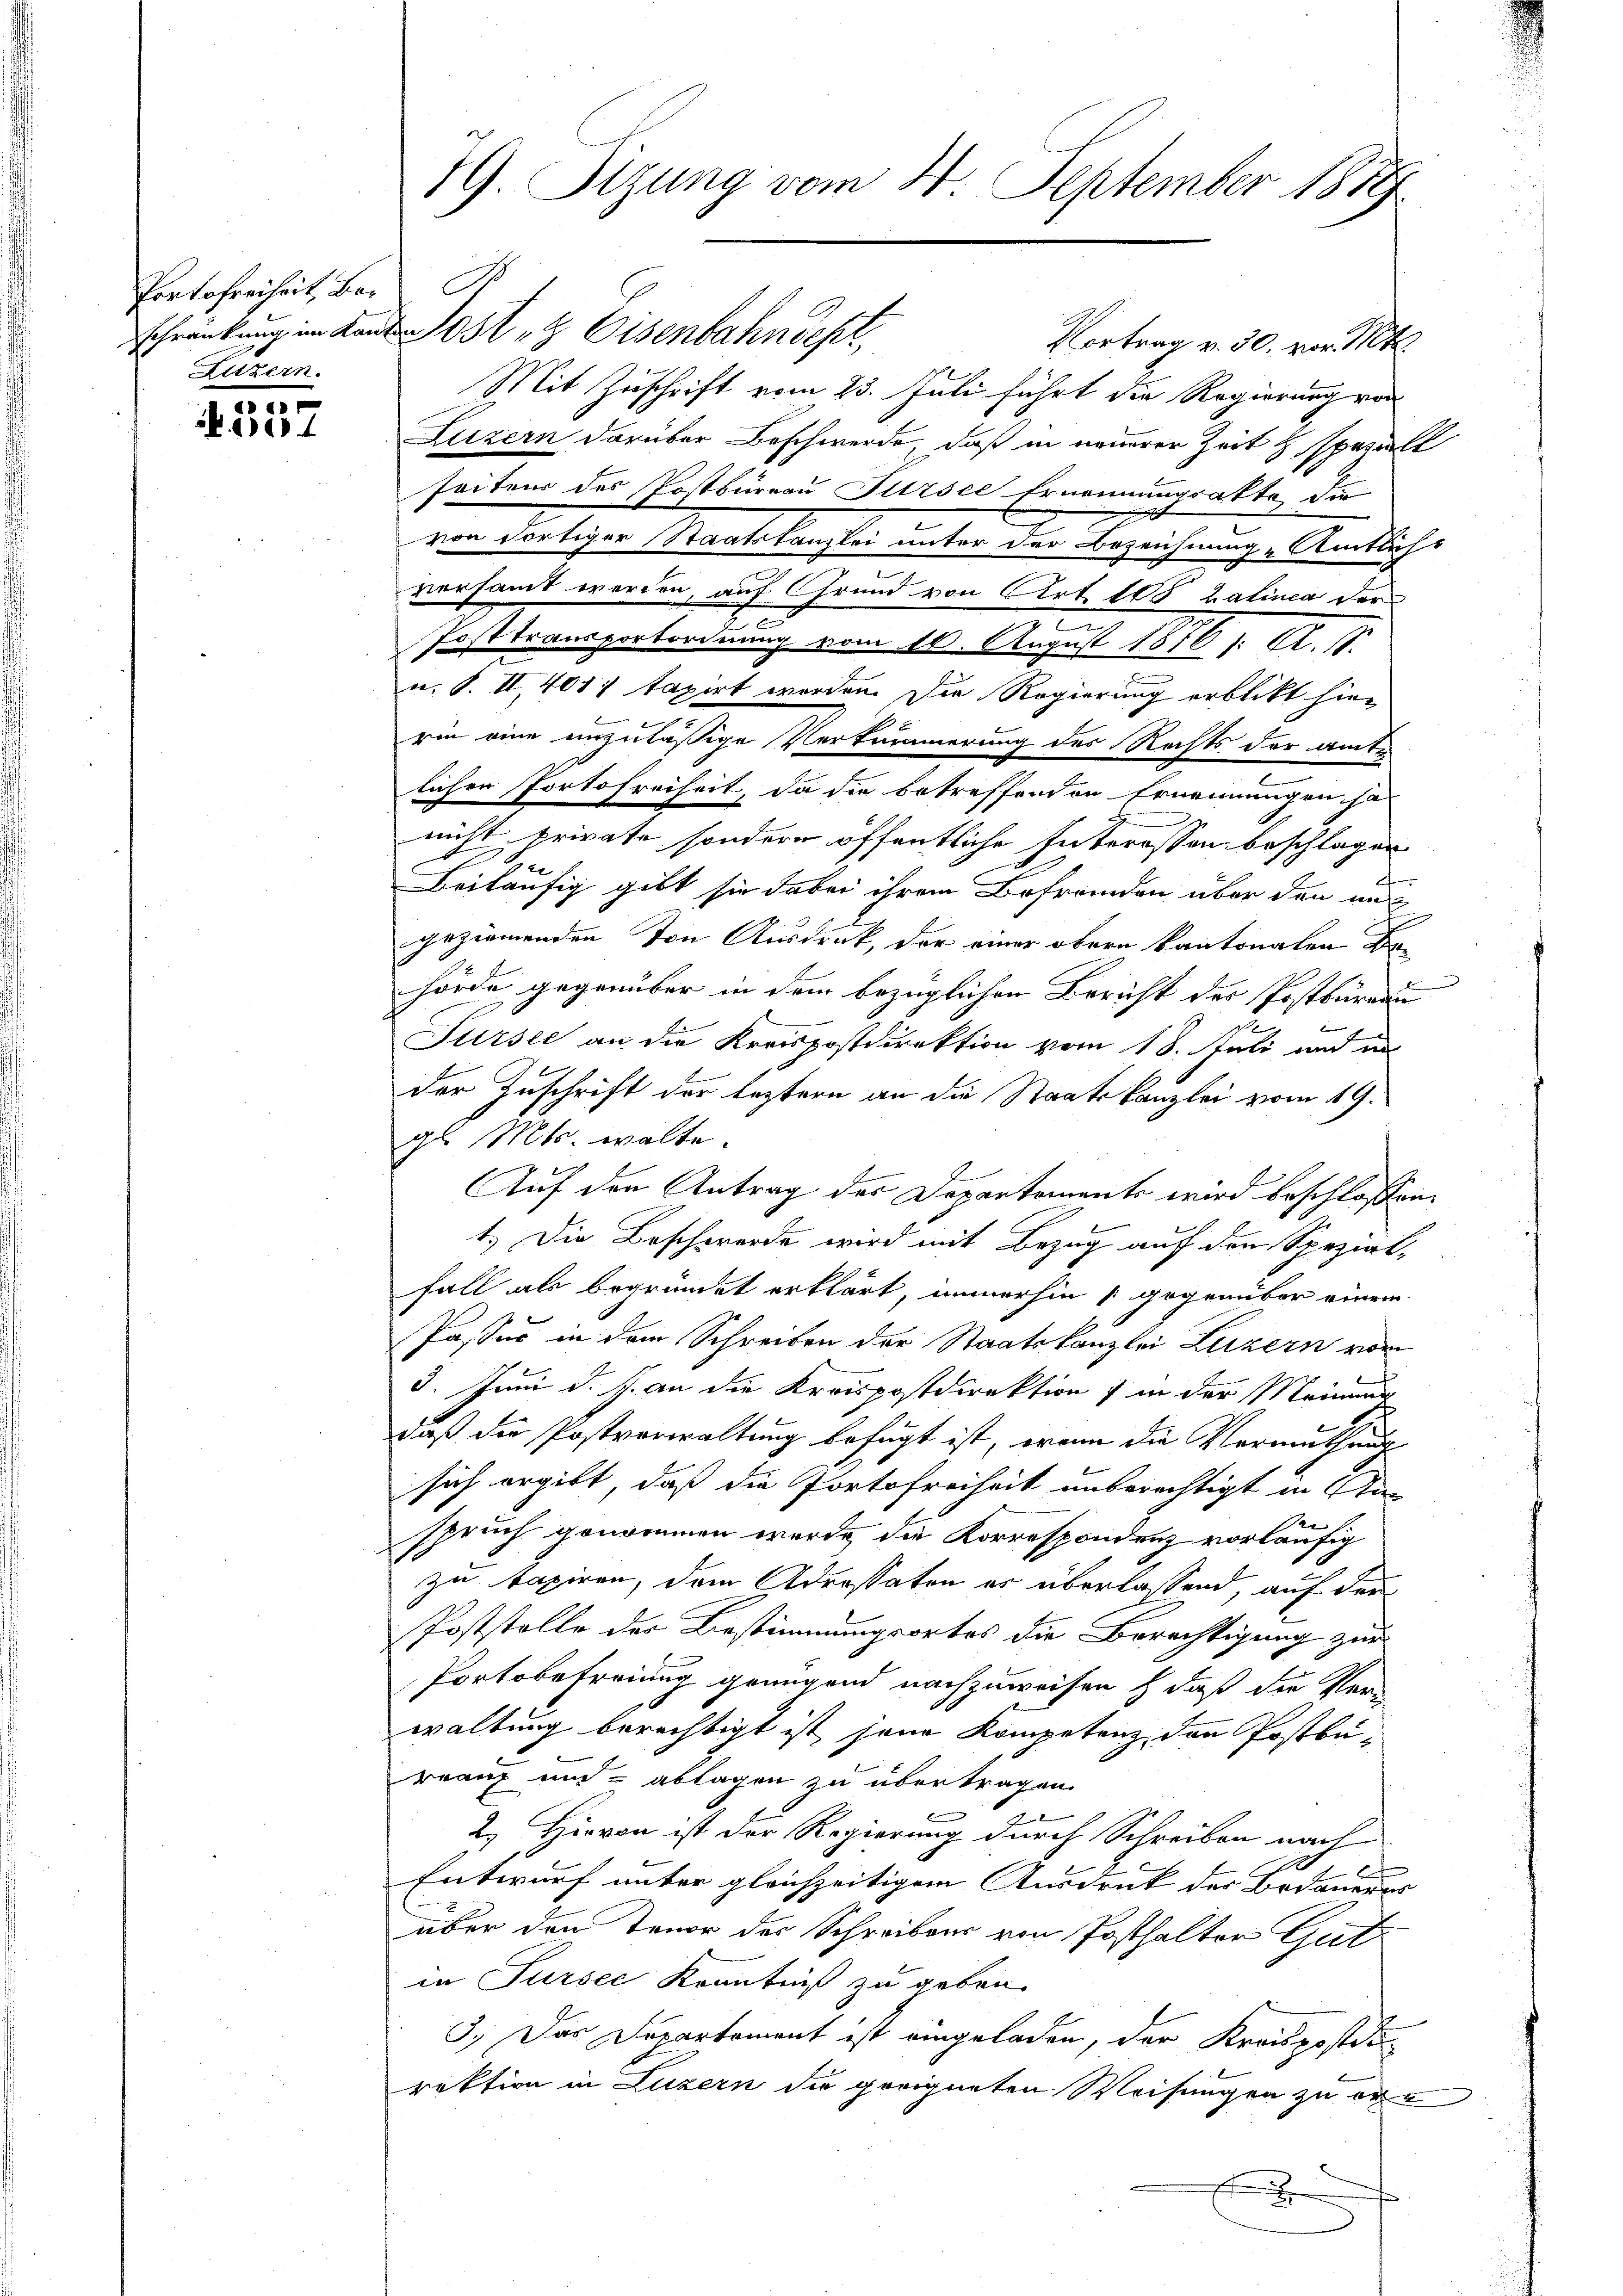
Portofreiheit, Ber
Luzern.

.
357

79. Sizung vom 24. September 1889

schränkung im Lande 195. Eisenbahndepl,
Vortrag v. 30. vor. Mts.
Mit Zuschrift vom 23. Juli führt die Regierung von
Luzern darüber Beschwerde, daß in neuerer Zeit speziell
seitens des Postbureau Sursee Ernennungsakte de
von dortiger Staatskanzlei unter der Bezeichnung Amtlicht
versammt werden, auf Grund von Art. 105 Balinea der
2
Posttransportordnung vom 10. August 1876 f. A. 18.
u. S. II, 401. taxirt werden. Die Regierung erblickt hier
rin eine unzuläßige Verkümmerung des Rechts der amtlichen Portofreiheit, da die betreffenden Ernennungen sa
nicht private sondern öffentliche Interessen beschlagen
Beiläufig gibt sie dabei ihrem Befremden über den und
geziemenden Von Ausdruck, der einer obern kantonalen Behörde gegenüber in dem bezüglichen Bericht des Postbüreau
.
Sursee an die Kreispostdirektion vom 18. Juli und in
der Zuschrift der leztern an die Staatskanzlei vom 19.
gl. Mts. wolte.
Auf den Antrag der Departements wird beschlossen.
t.) Die Beschwerde wird mit Bezug auf den Spezial-
fall als begründet erklärt, immerhin 1 gegenüber einem
Passus in dem Schreiben der Staatskanzlei Luzern vom
5. Juni d. J. an die Kreispostdirektions in der Meinung
daß die Postverwaltung befugt ist, wann die Vermuthung
sich ergibt, daß die Portofreiheit unberechtigt in An-
spruch genommen werde, die Korrespondenz vorläufig
zu taxiren, dem Adressaton er überlassend, auf der
Poststelle der Bestimmungsortes die Berechtigung zur
Portobefreiung genügend nachzuweisen, daß die Ver-
waltung berechtigt ist jene Kompetenz den Postbü-
rranz und ablagen zu übertragen.
2 x
2. Hievon ist der Regierung durch Schreiben nach
Entwurf unter gleichzeitigem Ausdruck der Bedauerer |
über den Tenor des Schreibens von Posthalter Gutin Sursee Kenntniß zu geben.
3.) Das Departement ist eingeladen, der Kreispostde
rektion in Luzern die geeigneten Weisungen zu er¬
F